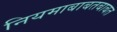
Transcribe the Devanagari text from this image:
नियमाबाबतबाबत